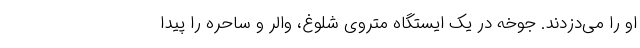
او را می‌دزدند. جوخه در یک ایستگاه متروی شلوغ، والر و ساحره را پیدا